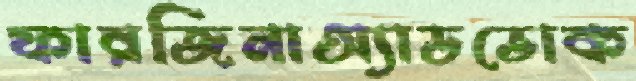
ফারজিনাঅ্যাডভোক